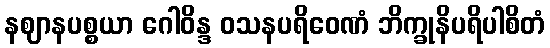
နဈာနပစ္စယာ ဂေါဝိန္ဒ ဝသနပရိဝေဏံ ဘိက္ခုနိပရိပါစိတံ